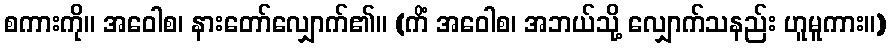
စကားကို။ အဝေါစ၊ နားတော်လျှောက်၏။ (ကိံ အဝေါစ၊ အဘယ်သို့ လျှောက်သနည်း ဟူမူကား။)